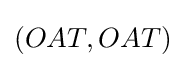
(OAT,OAT)